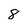
Character: 8